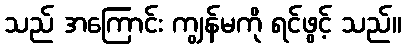
သည် အကြောင်း ကျွန်မကို ရင်ဖွင့် သည်။